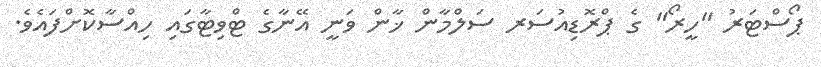
ޕޯސްޓަރު "ހީރޯ" ގެ ޕްރޮޑިއުސަރ ސަލްމާން ޚާން ވަނީ އޭނާގެ ޓްވިޓާގައި ހިއްސާކޮށްފައެވެ.